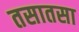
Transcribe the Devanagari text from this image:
तसातसा